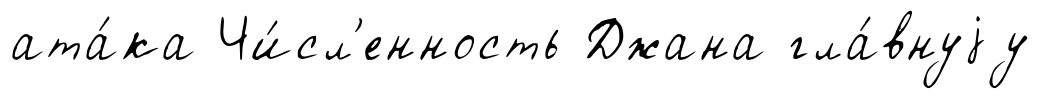
ата́ка Чи́сл'енность Джана гла́внуjу